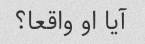
آیا او واقعا؟